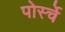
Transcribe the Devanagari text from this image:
पोर्स्चे